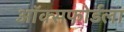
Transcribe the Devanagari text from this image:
ऑक्सफोर्डला